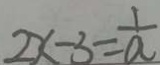
2 x - 3 = \frac { 1 } { a }